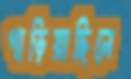
পাড়িয়াছিলে